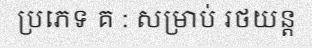
ប្រភេទ គ : សម្រាប់ រថយន្ត